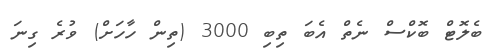
ބެލޮޓް ބޮކްސް ނެތް އެބަ ތިބި 3000 (ތިން ހާހަށް) ވުރެ ގިނަ